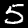
Digit: 5